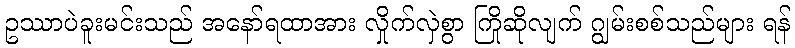
ဥဿာပဲခူးမင်းသည် အနော်ရထာအား လှိုက်လှဲစွာ ကြိုဆိုလျက် ဂျွမ်းစစ်သည်များ ရန်